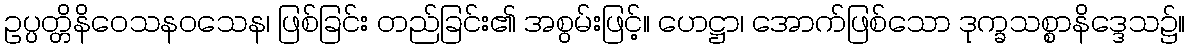
ဥပ္ပတ္တိနိဝေသနဝသေန၊ ဖြစ်ခြင်း တည်ခြင်း၏ အစွမ်းဖြင့်။ ဟေဋ္ဌာ၊ အောက်ဖြစ်သော ဒုက္ခသစ္စာနိဒ္ဒေသ၌။